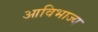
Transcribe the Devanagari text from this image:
आविभाज्य